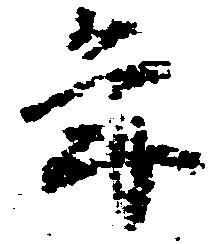
年